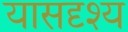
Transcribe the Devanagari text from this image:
यासदृश्य